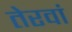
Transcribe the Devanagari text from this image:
तेरवां